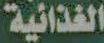
الغذائية